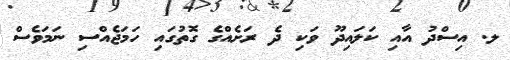
ލ. އިސްދު އާއި ކަލައިދޫ ވަކި ދެ ރަށެއްގެ ގޮތުގައި ހަމަޖެއްސި ނަމަވެސް